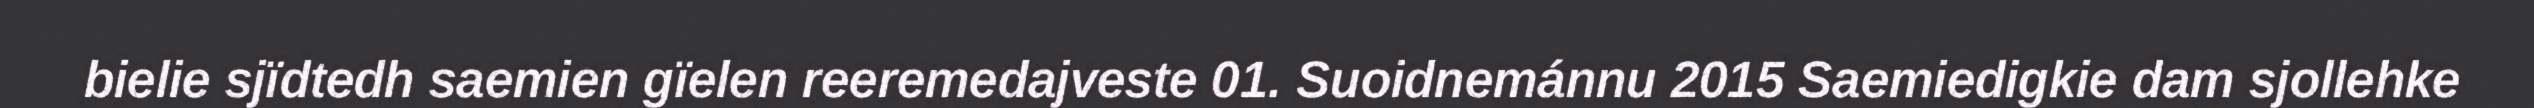
bielie sjïdtedh saemien gïelen reeremedajveste 01. Suoidnemánnu 2015 Saemiedigkie dam sjollehke